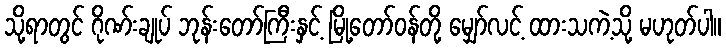
သို့ရာတွင် ဂိုဏ်းချုပ် ဘုန်းတော်ကြီးနှင့် မြို့တော်ဝန်တို့ မျှော်လင့် ထားသကဲ့သို့ မဟုတ်ပါ။